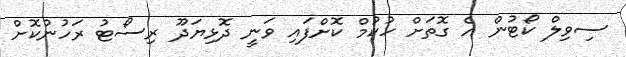
ސިވިލް ކޯޓުން އެ ގޮތަށް ހުކުމް ކޮށްފައި ވަނީ ދޮޅިޔަދޫ ރިސޯޓު ރަހުނުކޮށް